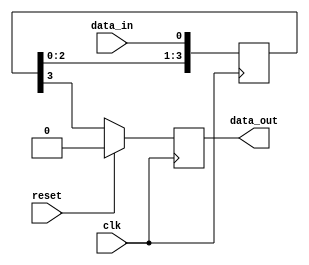
module FourFlopSynchronizer (
    input wire clk,
    input wire reset,
    input wire data_in,
    output reg data_out
);

reg [3:0] q;

// Synchronization Blocks
always @(posedge clk) begin
    q <= {q[2:0], data_in};
end

// Timing Control
always @(posedge clk) begin
    if (reset) begin
        data_out <= 1'b0;
    end else begin
        data_out <= q[3];
    end
end

endmodule